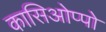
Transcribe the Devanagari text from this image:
कासिओप्पो